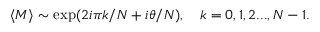
\langle M \rangle \sim \exp ( 2 i \pi k / N + i \theta / N ) , \ \ \ k = 0 , 1 , 2 . . . , N - 1 .